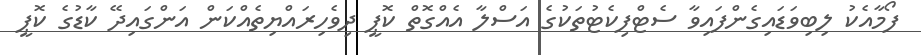
ފޯމާއެކު ލިބިވަޑައިގެންފައިވާ ސެޓްފިކެޓުތަކުގެ އަސްލާ އެއްގޮތް ކޮޕީ ދިވެހިރައްޔިތެއްކަން އަންގައިދޭ ކާޑުގެ ކޮޕީ